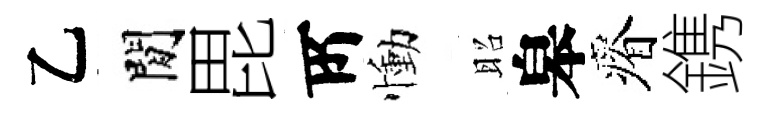
乙閒毘𠩄慟昭皋瘠鎸